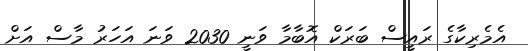
އެމެރިކާގެ ރައީސް ބަރަކް އޮބާމާ ވަނީ 2030 ވަނަ އަހަރު މާސް އަށް